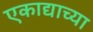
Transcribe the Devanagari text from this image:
एकाद्याच्या